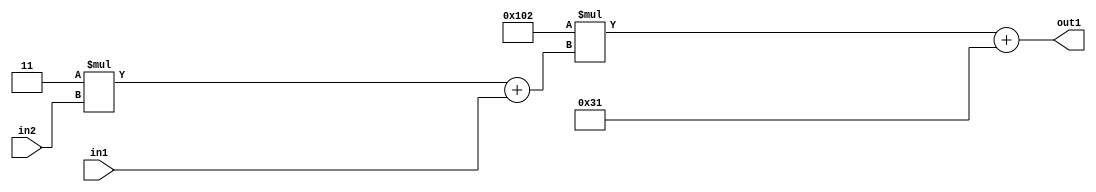
`timescale 1ps / 1ps
/*****************************************************************************
    Verilog RTL Description
    
    
    Created by: Stratus DpOpt 2019.1.01 
*******************************************************************************/

module DC_Filter_Add2i49Mul2i258Add2u1Mul2i3u2_4 (
	in2,
	in1,
	out1
	); /* architecture "behavioural" */ 
input [1:0] in2;
input  in1;
output [11:0] out1;
wire [11:0] asc001;
wire [3:0] asc002;

wire [3:0] asc002_tmp_0;
assign asc002_tmp_0 = 
	+(4'B0011 * in2);
assign asc002 = asc002_tmp_0
	+(in1);

wire [11:0] asc001_tmp_1;
assign asc001_tmp_1 = 
	+(12'B000100000010 * asc002);
assign asc001 = asc001_tmp_1
	+(12'B000000110001);

assign out1 = asc001;
endmodule

/* CADENCE  v7X5TAk= : u9/ySgnWtBlWxVPRXgAZ4Og= ** DO NOT EDIT THIS LINE ******/